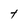
Character: t